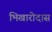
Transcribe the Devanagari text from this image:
भिखारोदास